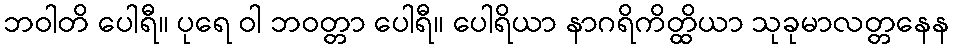
ဘဝါတိ ပေါရီ။ ပုရေ ဝါ ဘဝတ္တာ ပေါရီ။ ပေါရိယာ နာဂရိကိတ္ထိယာ သုခုမာလတ္တနေန